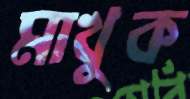
মাখুক